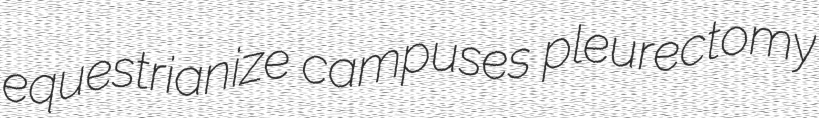
equestrianize campuses pleurectomy